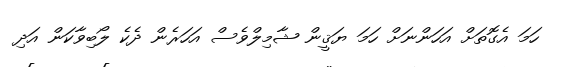
ހަމަ އެގޮތަށް އަހަންނަށް ހަމަ ޔަޤީން ޝާމިލްވެސް އަހަރެން ދެކެ ލޯބިވާކަން އަދި